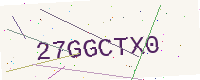
Text: 27GGCTX0